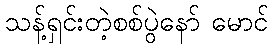
သန့်ရှင်းတဲ့စစ်ပွဲနော် မောင်